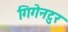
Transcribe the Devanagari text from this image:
गिगेनटुर